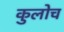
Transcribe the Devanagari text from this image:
कुलोच